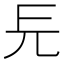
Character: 㒫